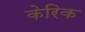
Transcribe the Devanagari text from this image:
केरिक